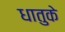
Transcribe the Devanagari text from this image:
धातुके